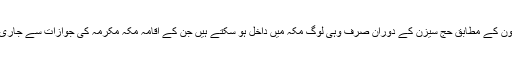
سعودی قانون کے مطابق حج سیزن کے دوران صرف وہی لوگ مکّہ میں داخل ہو سکتے ہیں جن کے اقامہ مکّہ مکرمہ کی جوازات سے جاری ہوئے ہیں۔